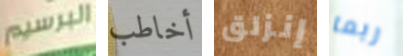
البرسيم أخاطب إنزلق ربما